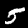
Label: 5